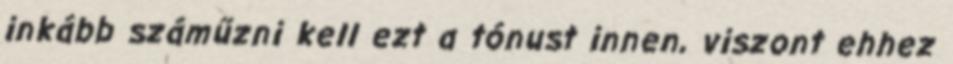
inkább száműzni kell ezt a tónust innen, viszont ehhez